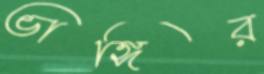
ভাঙ্গির